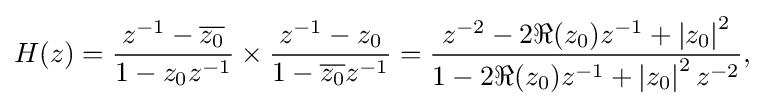
H(z)={\frac {z^{-1}-{\overline {z_{0}}}}{1-z_{0}z^{-1}}}\times {\frac {z^{-1}-z_{0}}{1-{\overline {z_{0}}}z^{-1}}}={\frac {z^{-2}-2\Re (z_{0})z^{-1}+\left|{z_{0}}\right|^{2}}{1-2\Re (z_{0})z^{-1}+\left|z_{0}\right|^{2}z^{-2}}},\